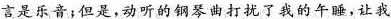
言是乐音；但是，动听的钢琴曲打扰了我的午睡，让我